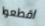
اقطعوا